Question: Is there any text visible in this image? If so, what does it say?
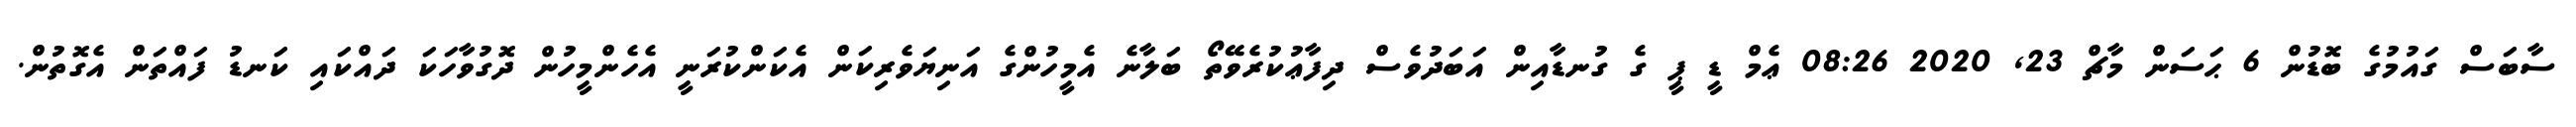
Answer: ސާބަސް ގައުމުގެ ބޮޑުން 6 ޙަސަން މާޗް 23, 2020 08:26 ޢެމް ޑީ ޕީ ގެ ގުނޑާއިން އަބަދުވެސް ދިފާޢުކުރެވޭތޯ ބަލާނެ އެމީހުންގެ އަނިޔަވެރިކަން އެކަންކުރަނީ އެހެންމީހުން ދޮގުވާހަކަ ދައްކައި ކަނޑު ފައްތަން އެގޮތުން.